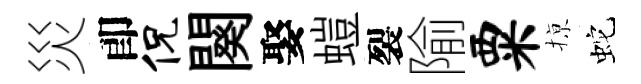
災卽侃闋娶螘裂隃粟𢱊蛇